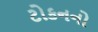
ટોકનનો